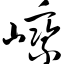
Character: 嵊